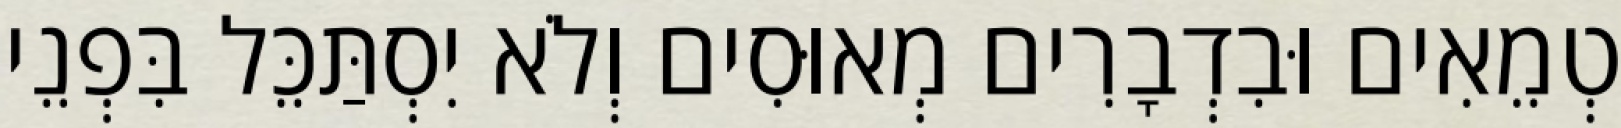
טְמֵאִים וּבִדְבָרִים מְאוּסִים וְלֹא יִסְתַּכֵּל בִּפְנֵי